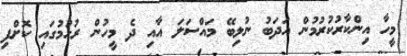
މީހާ އިންކާރުކުރުމުން އަދަބު ނުލިބޭ މައްސަލަ އާއި ދެ މީހުން ރުހުމުގައި ކޮށްފި